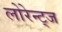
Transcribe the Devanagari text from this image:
लोरेन्ट्ज